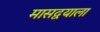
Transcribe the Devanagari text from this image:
मासद्वयाला